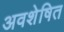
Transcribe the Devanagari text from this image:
अवशेषित